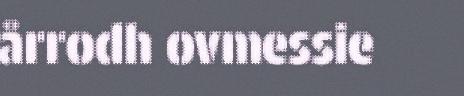
årrodh ovmessie